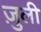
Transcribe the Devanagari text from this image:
ज़ुली